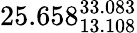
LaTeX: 25.658_{13.108}^{33.083}